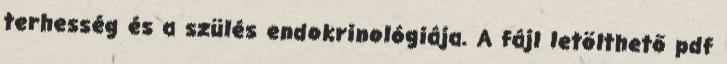
terhesség és a szülés endokrinológiája. A fájl letölthető pdf